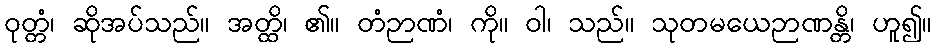
ဝုတ္တံ၊ ဆိုအပ်သည်။ အတ္ထိ၊ ၏။ တံဉာဏံ၊ ကို။ ဝါ၊ သည်။ သုတမယေဉာဏန္တိ၊ ဟူ၍။